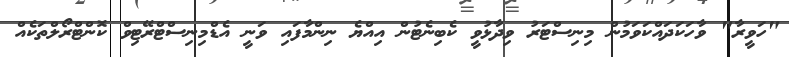
"ހަވީރާ" ވާހަކަދައްކަވަމުން މިނިސްޓަރު ވިދާޅުވީ ކެބިނެޓުން އިއްޔެ ނިންމާފައި ވަނީ އެޑްމިނިސްޓްރޭޓިވް ކޮންޓްރޯލްތަކެއް